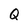
Character: Q